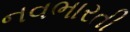
નવભારતી